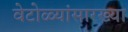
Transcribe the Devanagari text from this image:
वेटोळ्यांसारख्या